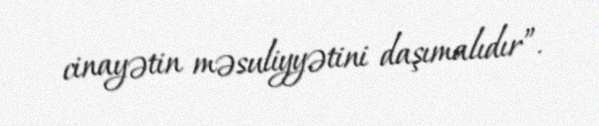
cinayətin məsuliyyətini daşımalıdır”.